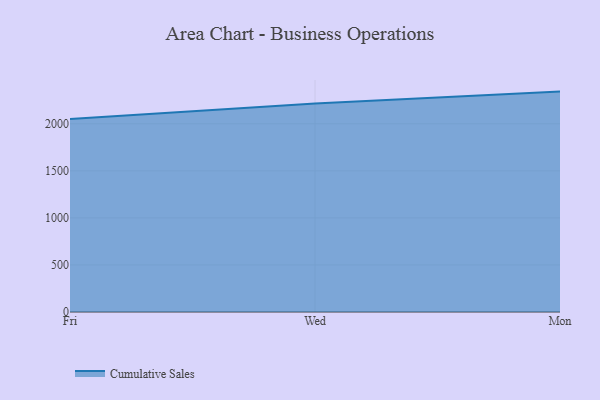
{"axis": {"x": "Day", "y": "Humidity (%)"}, "legend": ["Cumulative Sales"], "data": [{"x": "Fri", "y": 2051.2, "type": "Cumulative Sales"}, {"x": "Wed", "y": 2215.3, "type": "Cumulative Sales"}, {"x": "Mon", "y": 2342.3, "type": "Cumulative Sales"}]}